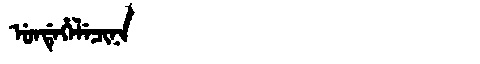
Manchu: ᡠᠨᡩᡝᡥᡝᠯᡝᠴᡳᠨᠠ
Romanization: UNDEHELECINA